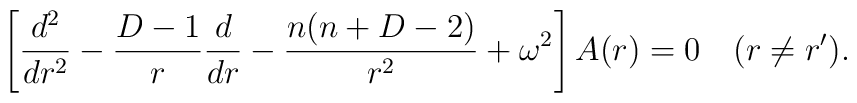
\left [ {d^2\over dr^2}-{D-1 \over r}{d\over dr}-{n(n+D-2)\over r^2}+\omega^2 \right ] A(r)=0 \quad (r\neq r').